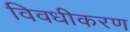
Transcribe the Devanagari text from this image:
विवधीकरण